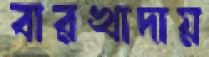
বারখাদায়